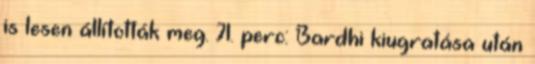
is lesen állították meg. 71. perc: Bardhi kiugratása után